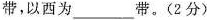
带，以西为___带。(2分)